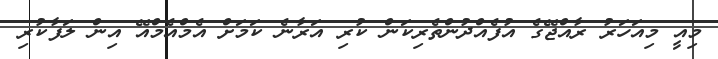
މިއީ މިއަހަރު ރާއްޖޭގެ އުފެއްދުންތެރިކަން ކުރި އަރާނެ ކަމަށް އެމްއެމްއޭ އިން ލަފާކުރި